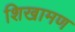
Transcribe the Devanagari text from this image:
शिखामण